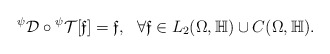
\begin{align*}{}^{\psi}\mathcal D \circ{}^{\psi}\mathcal T[\mathfrak{ f}]=\mathfrak {f}, \ \ \forall \mathfrak{ f}\in L_2(\Omega,\mathbb H)\cup C(\Omega,\mathbb H).\end{align*}